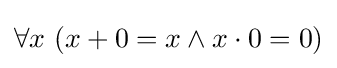
\forall x\ (x+0=x\land x\cdot 0=0)